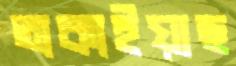
তাকাইয়াছ